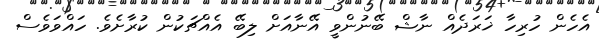
އެހެން ހުރިހާ ޚަރަދެއް ނާޝް ބޭނުންވީ އޭނާއަށް ލިބޭ އެއްޗަކުން ކުރާށެވެ. ހައްވަވެސް